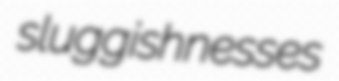
sluggishnesses